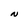
Character: N